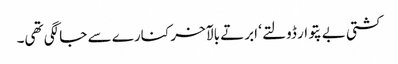
کشتی بے پتوار ڈولتے ‘ ابرتے بالآخر کنارے سے جا لگی تھی۔